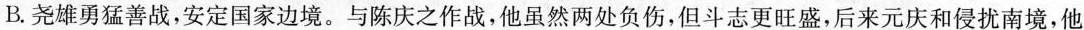
B.尧雄勇猛善战，安定国家边境。与陈庆之作战，他虽然两处负伤，但斗志更旺盛，后来元庆和侵扰南境，他